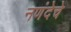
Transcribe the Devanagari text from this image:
नणंदेचे